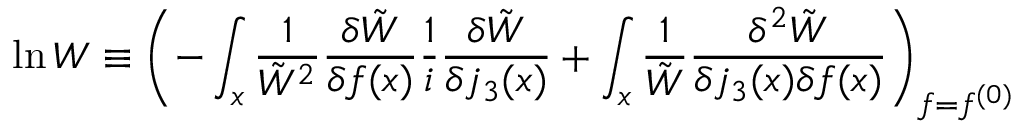
\ln W \equiv \left( - \int _ { x } \frac { 1 } { \tilde { W } ^ { 2 } } \frac { \delta \tilde { W } } { \delta f ( x ) } \frac 1 i \frac { \delta \tilde { W } } { \delta j _ { 3 } ( x ) } + \int _ { x } \frac { 1 } { \tilde { W } } \frac { \delta ^ { 2 } \tilde { W } } { \delta j _ { 3 } ( x ) \delta f ( x ) } \right) _ { f = f ^ { ( 0 ) } }